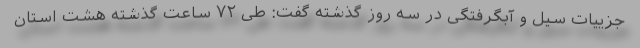
جزییات سیل و آبگرفتگی در سه روز گذشته گفت: طی ٧٢ ساعت گذشته هشت استان